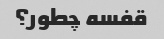
قفسه چطور؟